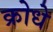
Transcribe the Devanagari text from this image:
क्रोधे